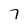
Character: 7